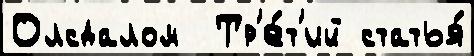
Олсдалом  Тр'е́т'ий статья́